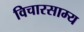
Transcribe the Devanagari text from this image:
विचारसाम्य